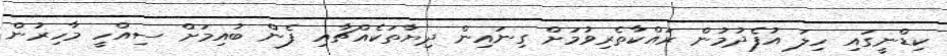
ކިޑްނީގައި ހިލަ އުފެދުމުން ރައްކާތެރިވުމަށް ގިނައިން ދިޔާތަކެއްޗާއި ފެން ބުއިމަށް ސިއްހީ މާހިރުން